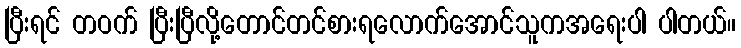
ပြီးရင် တဝက် ပြီးပြီလို့တောင်တင်စားရလောက်အောင်သူကအရေးပါ ပါတယ်။